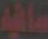
صافية